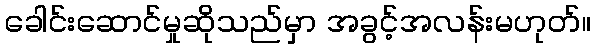
ခေါင်းဆောင်မှုဆိုသည်မှာ အခွင့်အလန်းမဟုတ်။